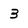
Character: 3